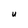
Character: u